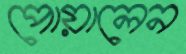
পোয়ালেন